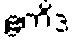
ဧကိဒံ